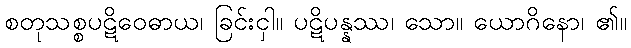
စတုသစ္စပဋိဝေဓာယ၊ ခြင်းငှါ။ ပဋိပန္နဿ၊ သော။ ယောဂိနော၊ ၏။